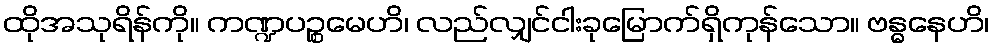
ထိုအသုရိန်ကို။ ကဏ္ဍပဉ္စမေဟိ၊ လည်လျှင်ငါးခုမြောက်ရှိကုန်သော။ ဗန္ဓနေဟိ၊